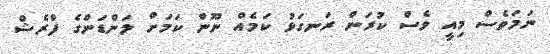
ނަމަވެސް މިއީ ވެސް ކުރަން ރަނގަޅު ކަމެއް ނޫން ކަމަށް ލަންޑަންގެ ފްރެޝް